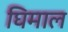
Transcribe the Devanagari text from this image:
घिमाल